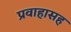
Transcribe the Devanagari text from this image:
प्रवाहासह